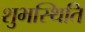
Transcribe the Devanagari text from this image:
शुभस्थिति